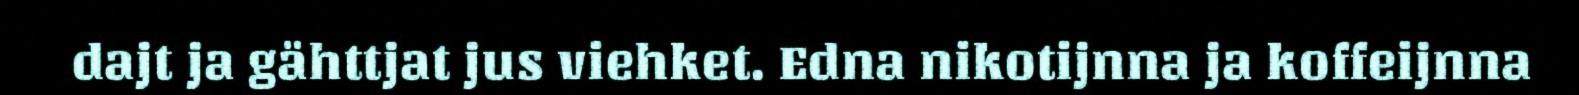
dajt ja gähttjat jus viehket. Edna nikotijnna ja koffeijnna